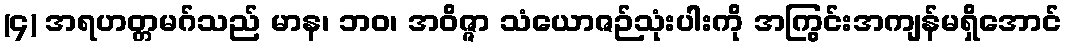
(၄) အရဟတ္တမဂ်သည် မာန၊ ဘဝ၊ အဝိဇ္ဇာ သံယောဇဉ်သုံးပါးကို အကြွင်းအကျန်မရှိအောင်